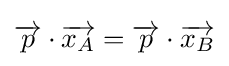
{\overrightarrow {p}}\cdot {\overrightarrow {x_{A}}}={\overrightarrow {p}}\cdot {\overrightarrow {x_{B}}}